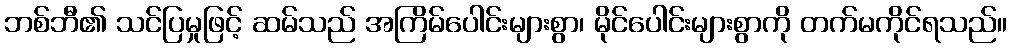
ဘစ်ဘီ၏ သင်ပြမှုဖြင့် ဆမ်သည် အကြိမ်ပေါင်းများစွာ၊ မိုင်ပေါင်းများစွာကို တက်မကိုင်ရသည်။